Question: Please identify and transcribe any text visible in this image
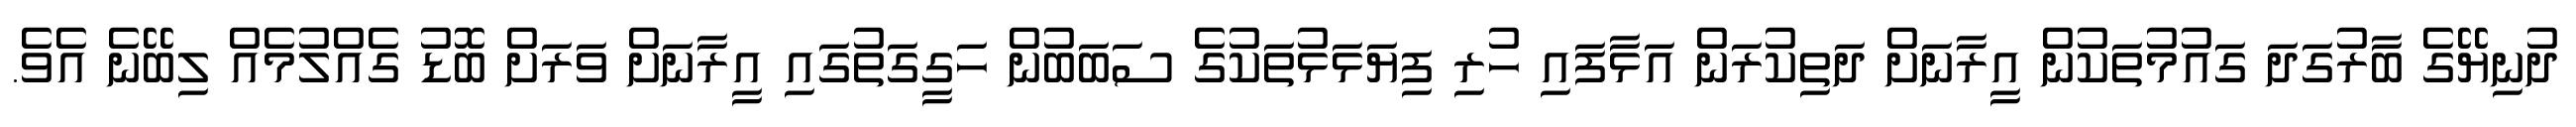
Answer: ދުނިޔޭގެ ބާރުގަދަ ގައުމުތަކުން އީރާނަށް ދަތިކުރަން އަޅާފައި ހުރި ފިޔަޅަޅުތަކުގެ ސަބަބުން ހަގީގަތުގައި އީރާނަށް ވަރަށް ބޮޑު ގެއްލުމެއް ލިބޭނެ އެވެ.